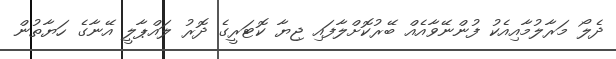
ދެލޯ މަރާލުމާއިއެކު ފުންނޭވާއެއް ބޭރުކޮށްލާފައި ޖިޔާ ކޮޓަރީގެ ދޮރު ލައްޕާލީ އޭނާގެ ހަޔާތުން